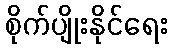
စိုက်ပျိုးနိုင်ရေး